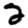
Digit: 2